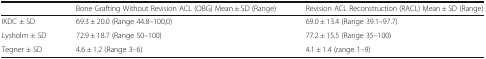
|  | Bone Grafting Without Revision ACL (OBG) Mean ± SD (Range) | Revision ACL Reconstruction (RACL) Mean ± SD (Range) |
 | --- | --- | --- |
 | IKDC ± SD | 69.3 ± 20.0 (Range 44.8–100,0) | 69.0 ± 13.4 (Range 39.1–97.7) |
 | Lysholm ± SD | 72.9 ± 18.7 (Range 50–100) | 77.2 ± 15.5 (Range 35–100) |
 | Tegner ± SD | 4.6 ± 1.2 (Range 3–6) | 4.1 ± 1.4 (range 1–9) |